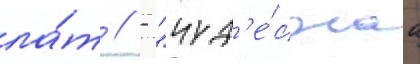
ла́т // - "чуд'е́снаа